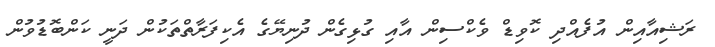
ރަޝިއާއިން އުފެއްދި ކޮވިޑް ވެކްސިން އާއި ގުޅިގެން ދުނިޔޭގެ އެކިފަރާތްތަކުން ދަނީ ކަންބޮޑުވުން